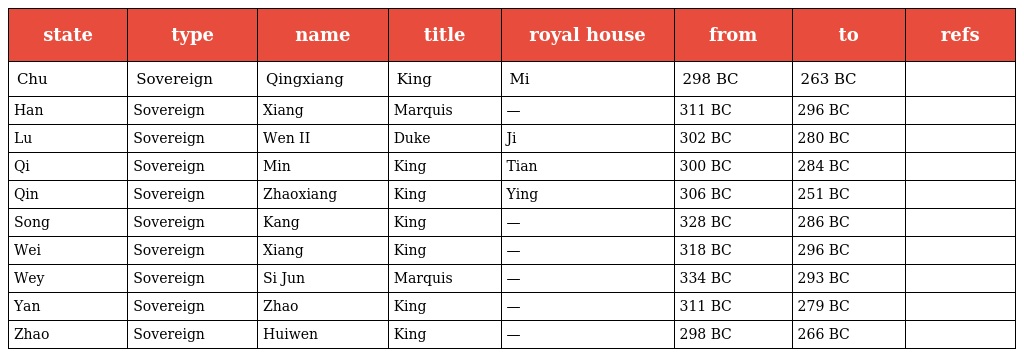
| state | type | name | title | royal house | from | to | refs |
 | --- | --- | --- | --- | --- | --- | --- | --- |
 | Chu | Sovereign | Qingxiang | King | Mi | 298 BC | 263 BC |  |
 | Han | Sovereign | Xiang | Marquis | — | 311 BC | 296 BC |  |
 | Lu | Sovereign | Wen II | Duke | Ji | 302 BC | 280 BC |  |
 | Qi | Sovereign | Min | King | Tian | 300 BC | 284 BC |  |
 | Qin | Sovereign | Zhaoxiang | King | Ying | 306 BC | 251 BC |  |
 | Song | Sovereign | Kang | King | — | 328 BC | 286 BC |  |
 | Wei | Sovereign | Xiang | King | — | 318 BC | 296 BC |  |
 | Wey | Sovereign | Si Jun | Marquis | — | 334 BC | 293 BC |  |
 | Yan | Sovereign | Zhao | King | — | 311 BC | 279 BC |  |
 | Zhao | Sovereign | Huiwen | King | — | 298 BC | 266 BC |  |